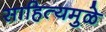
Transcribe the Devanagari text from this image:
साहित्यमुळे